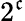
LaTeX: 2^{\mathfrak{c}}